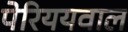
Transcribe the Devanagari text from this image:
पेरिययवाल